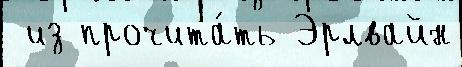
 из прочита́ть Эрлвайн